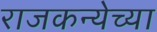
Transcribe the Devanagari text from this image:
राजकन्येच्या